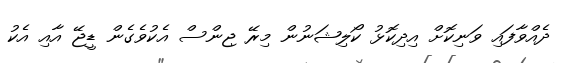
ދެއްވާފައި ވަނިކޮށް އިދިކޮޅު ކޯލިޝަނުން މިރޭ ޖިންސް އެކުވެގެން ޑީޖޭ އާއި އެކު